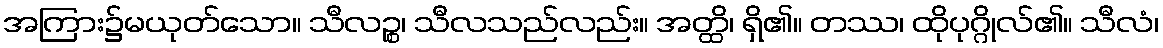
အကြား၌မယုတ်သော။ သီလဉ္စ၊ သီလသည်လည်း။ အတ္ထိ၊ ရှိ၏။ တဿ၊ ထိုပုဂ္ဂိုလ်၏။ သီလံ၊